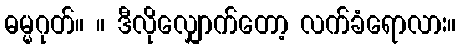
ဓမ္မဂုတ်။ ။ ဒီလိုလျှောက်တော့ လက်ခံရောလား။